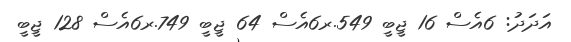
އަދަދު: 6އެސް 16 ޖީބީ 549.ރ6އެސް 64 ޖީބީ 749.ރ6އެސް 128 ޖީބީ